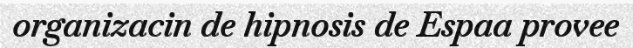
organizacin de hipnosis de Espaa provee